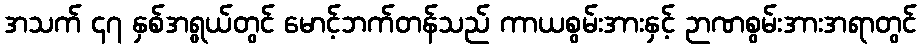
အသက် ၄၇ နှစ်အရွယ်တွင် မောင့်ဘက်တန်သည် ကာယစွမ်းအားနှင့် ဉာဏစွမ်းအားအရာတွင်